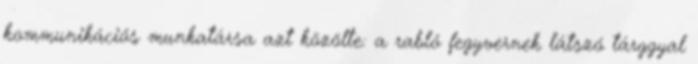
kommunikációs munkatársa azt közölte: a rabló fegyvernek látszó tárggyal